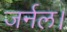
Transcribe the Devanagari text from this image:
जर्नल।